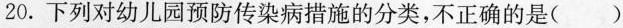
20.下列对幼儿园预防传染病措施的分类，不正确的是()